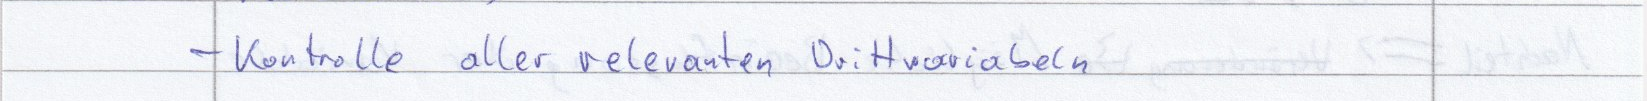
- Kontrolle aller relevanten Drittvariabeln